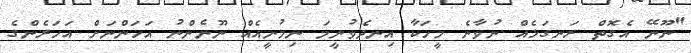
"ނޫނޭ އެގޮތް ރަނގަޅެއް ނުވާނެ މީހަކާ އިނދެވުނީމަ ނިމުނީއެއް ނޫނެންނު އަހަންނަށް އަހަރެންގެ